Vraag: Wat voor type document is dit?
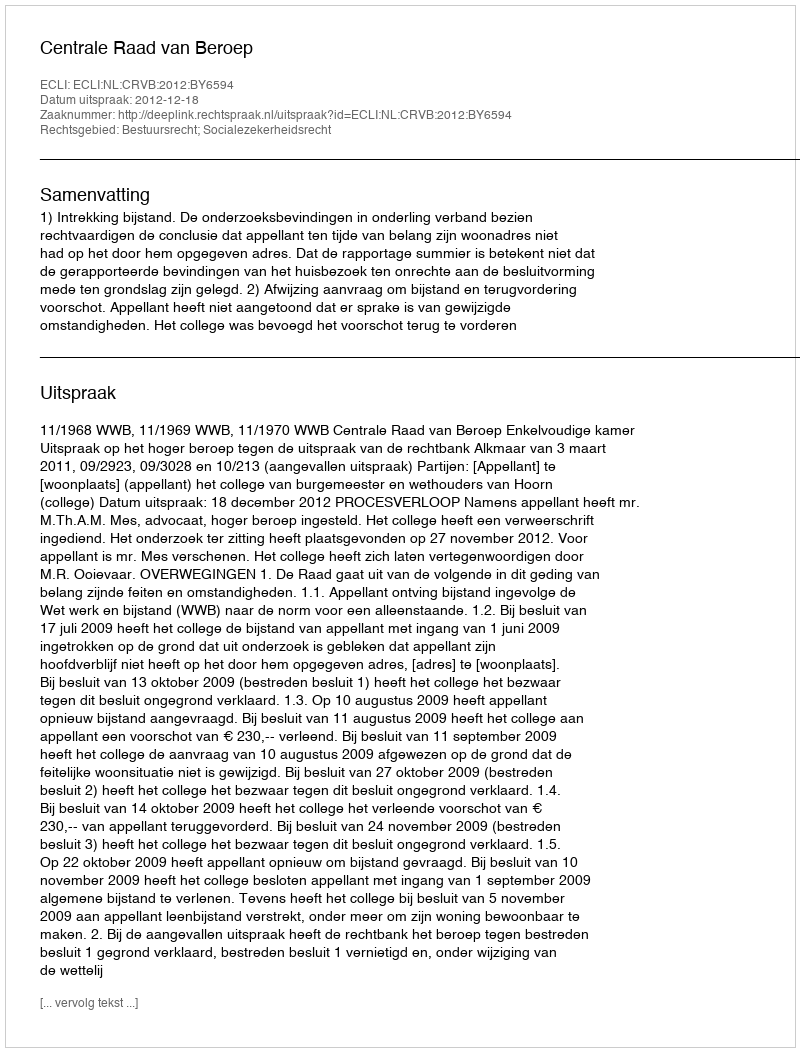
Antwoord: Uitspraak